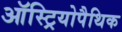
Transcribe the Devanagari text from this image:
ऑस्ट्रियोपैथिक